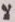
لا